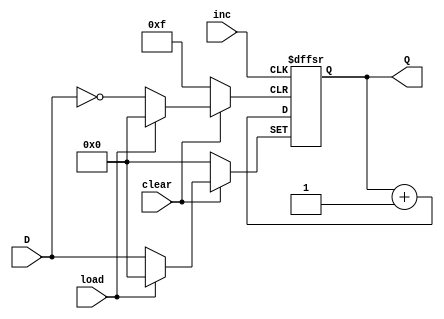
// This program was cloned from: https://github.com/rolo-g/TRISC-Processor
// License: MIT License

// N-bit binary up counter with load
module BinUp #(parameter N = 4) (
     input inc, clear, load,
	  input [N-1:0] D,
     output reg [N-1:0] Q								// Q is defined as an N-bit register
);                  			
     always @ (negedge inc, negedge clear, negedge load)
          if (clear==1'b0) Q = 0;       			// Q is loaded with all 0's
               else if (load==1'b0) Q = D;		// Q is loaded with D
						else Q = Q + 1'b1;            // Q is incremented
endmodule